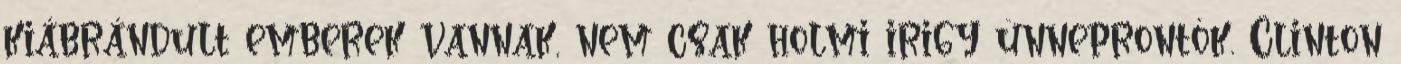
kiábrándult emberek vannak, nem csak holmi irigy ünneprontók. Clinton